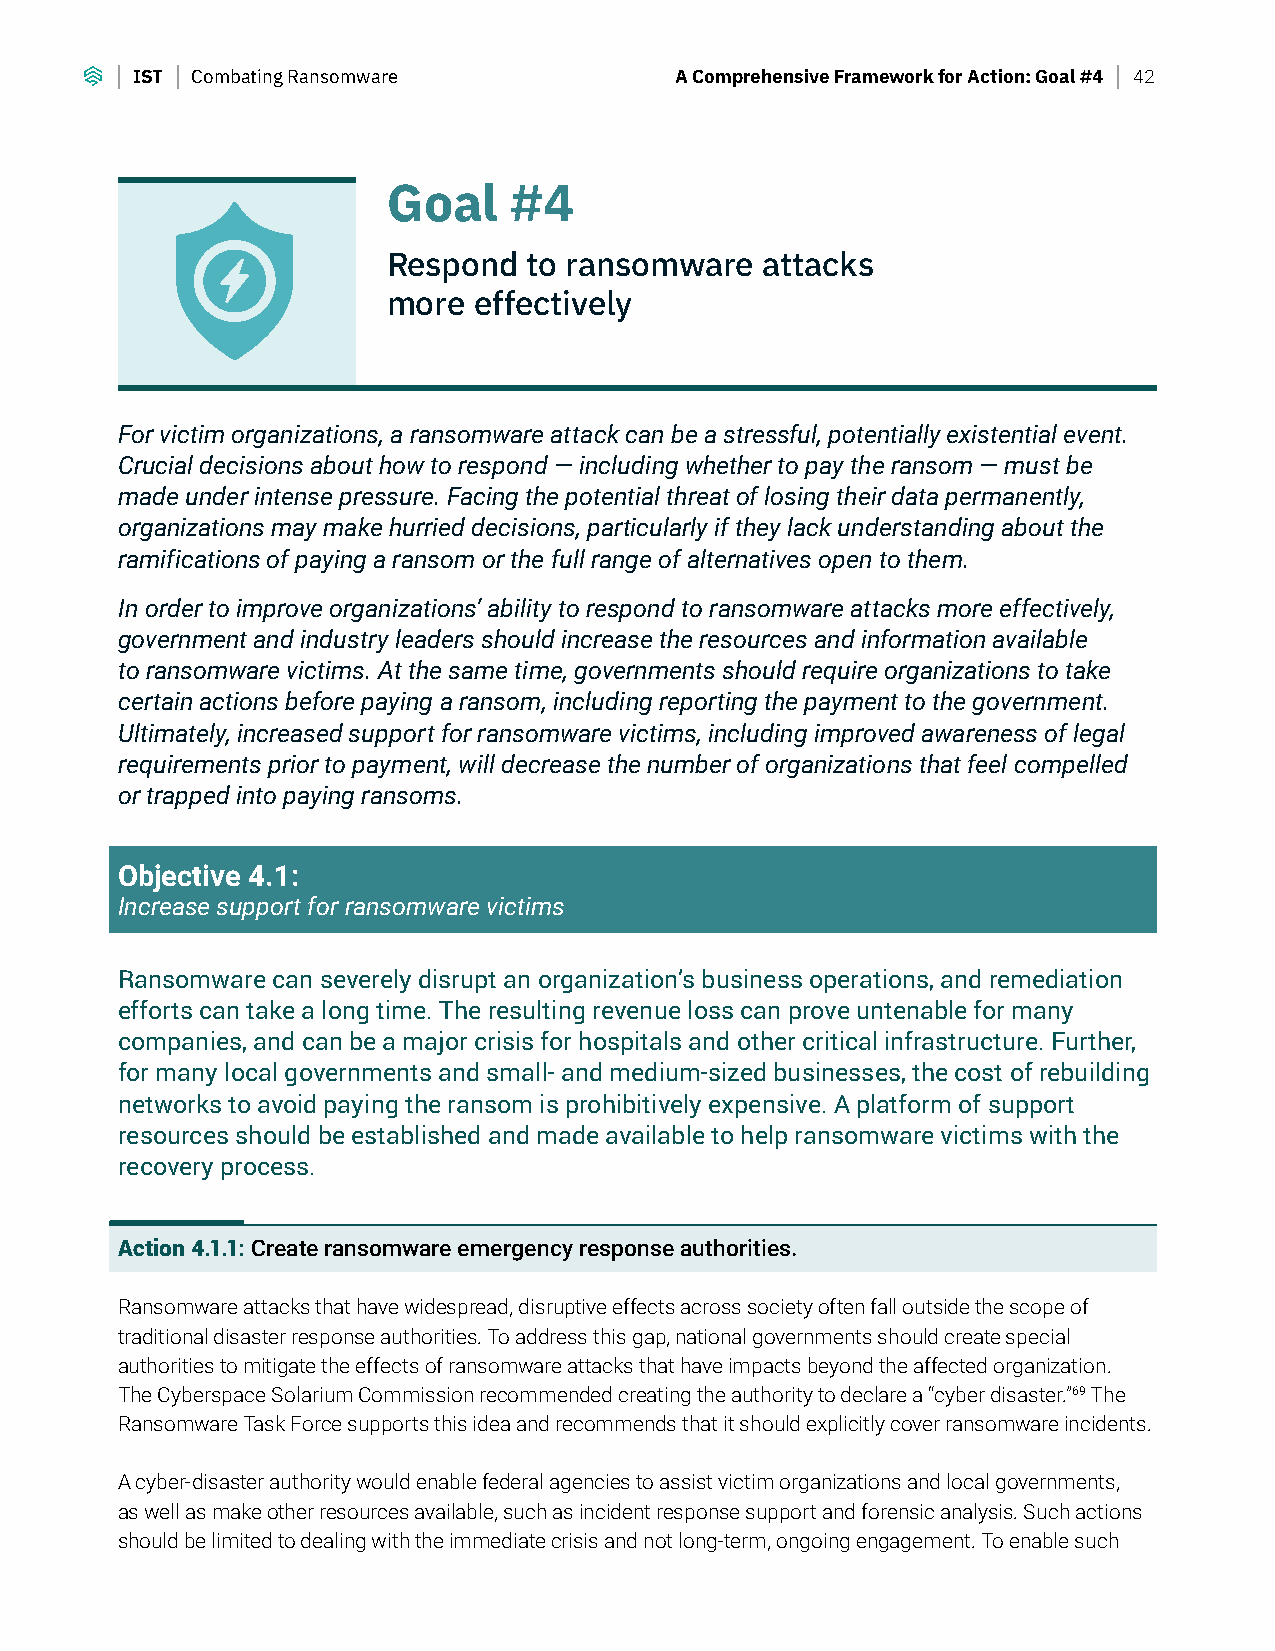
IST Combating Ransomware            A Comprehensive Framework for Action: Goal #4 42
 Goal    #4
 Respond  to ransomware  attacks
 more effectively
 For victim organizations, a ransomware attack can be a stressful, potentially existential event.
 Crucial decisions about how to respond — including whether to pay the ransom — must be
 made under intense pressure. Facing the potential threat of losing their data permanently,
 organizations may make hurried decisions, particularly if they lack understanding about the
 ramifications of paying a ransom or the full range of alternatives open to them.
 In order to improve organizations’ ability to respond to ransomware attacks more effectively,
 government and industry leaders should increase the resources and information available
 to ransomware victims. At the same time, governments should require organizations to take
 certain actions before paying a ransom, including reporting the payment to the government.
 Ultimately, increased support for ransomware victims, including improved awareness of legal
 requirements prior to payment, will decrease the number of organizations that feel compelled
 or trapped into paying ransoms.
 Objective 4.1:
 Increase support for ransomware victims
 Ransomware can severely disrupt an organization’s business operations, and remediation
 efforts can take a long time. The resulting revenue loss can prove untenable for many
 companies, and can be a major crisis for hospitals and other critical infrastructure. Further,
 for many local governments and small- and medium-sized businesses, the cost of rebuilding
 networks to avoid paying the ransom is prohibitively expensive. A platform of support
 resources should be established and made available to help ransomware victims with the
 recovery process.
 Action 4.1.1: Create ransomware emergency response authorities.
 Ransomware attacks that have widespread, disruptive effects across society often fall outside the scope of
 traditional disaster response authorities. To address this gap, national governments should create special
 authorities to mitigate the effects of ransomware attacks that have impacts beyond the affected organization.
 The Cyberspace Solarium Commission recommended creating the authority to declare a “cyber disaster.”69 The
 Ransomware Task Force supports this idea and recommends that it should explicitly cover ransomware incidents.
 A cyber-disaster authority would enable federal agencies to assist victim organizations and local governments,
 as well as make other resources available, such as incident response support and forensic analysis. Such actions
 should be limited to dealing with the immediate crisis and not long-term, ongoing engagement. To enable such